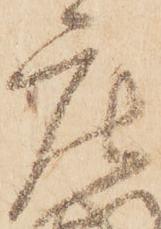
庄